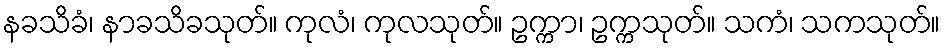
နခသိခံ၊ နာခသိခသုတ်။ ကုလံ၊ ကုလသုတ်။ ဥက္ကာ၊ ဥက္ကသုတ်။ သကံ၊ သကသုတ်။